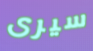
سيرى